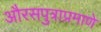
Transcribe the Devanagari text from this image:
औरसपुत्राप्रमाणे